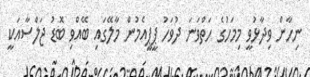
ނިހާން ވިދާޅުވީ މިމަހުގެ ހަތްވަނަ ދުވަހު ޕީޕީއެމުން މާލޭގައި ބޭއްވި ބޮޑު ޖަލްސާއަކީ